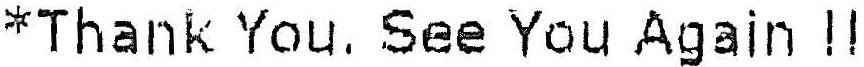
*THANK YOU. SEE YOU AGAIN !!